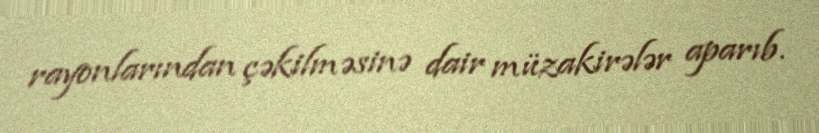
rayonlarından çəkilməsinə dair müzakirələr aparıb.